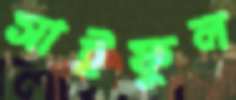
সাইফুল